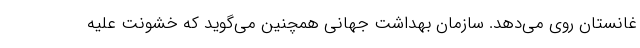
غانستان روی می‌دهد. سازمان بهداشت جهانی همچنین می‌گوید که خشونت علیه